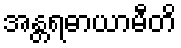
အန္တရဓာယာမီတိ